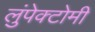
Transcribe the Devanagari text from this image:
लुंपेक्टोमी